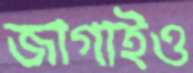
জাগাইও